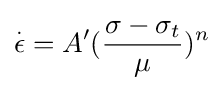
{\overset {.}{\epsilon }}=A'({\frac {\sigma -\sigma _{t}}{\mu }})^{n}